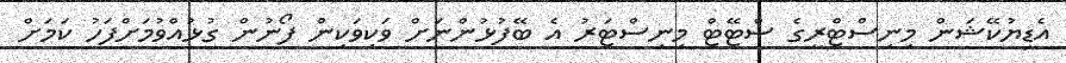
އެޑިޔުކޭޝަން މިނިސްޓްރީގެ ސްޓޭޓް މިނިސްޓަރު އެ ބޭފުޅުންނަށް ވަކިވަކިން ފޯނުން ގުޅުއްވުމަށްފަހު ކަމަަށް